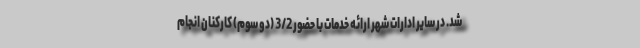
شد. در سایر ادارات شهر ارائه خدمات با حضور 3/2 (دو سوم) کارکنان انجام